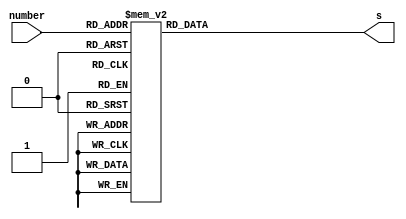
module trsltr(number,s);
	input [3:0]number;
	output reg [6:0]s;
	
	always @(*)
		case(number)
			0:s = 7'b1000000;
			1:s = 7'b1111001;
			2:s = 7'b0100100;
			3:s = 7'b0110000;
			4:s = 7'b0011001;
			5:s = 7'b0010010;
			6:s = 7'b0000010;
			7:s = 7'b1111000;
			8:s = 7'b0000000;
			9:s = 7'b0010000;
			10:s = 7'b0001000;
			11:s = 7'b0000011;
			12:s = 7'b1000110;
			13:s = 7'b0100001;
			14:s = 7'b0000110;
			15:s = 7'b0001110;
			default:s = 7'b1111111;
		endcase
	
endmodule